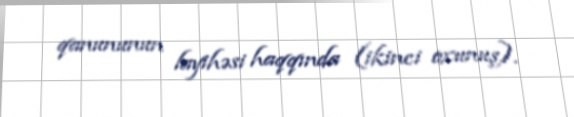
qanununun layihəsi haqqında (ikinci oxunuş).